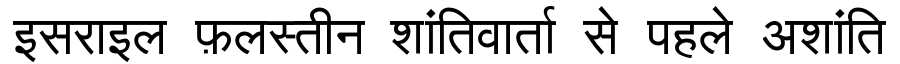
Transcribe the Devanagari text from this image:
इसराइल फ़लस्तीन शांतिवार्ता से पहले अशांति